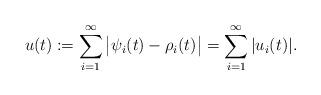
LaTeX: \begin{align*}u(t):=\sum_{i=1}^{\infty} \big|\psi_i(t)-\rho_i(t)\big|=\sum_{i=1}^{\infty}|u_i(t)|.\end{align*}